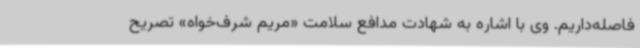
فاصله‌داریم. وی با اشاره به شهادت مدافع سلامت «مریم شرف‌خواه» تصریح